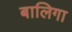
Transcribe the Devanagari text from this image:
बालिगा